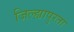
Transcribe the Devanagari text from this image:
जिल्ह्यापुरता